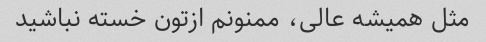
مثل همیشه عالى، ممنونم ازتون خسته نباشید